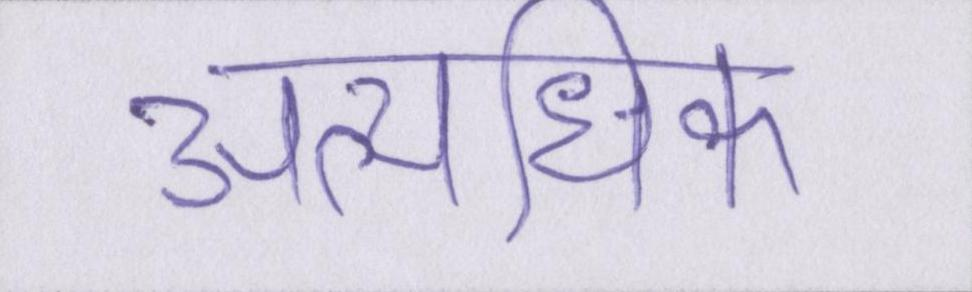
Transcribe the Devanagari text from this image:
अत्यधिक